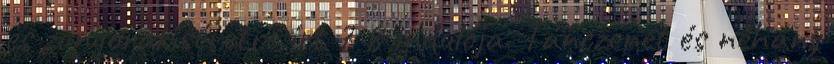
és zongorakíséretre írt 7 8 indulója. Tánczenét és néhány